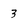
Character: 3